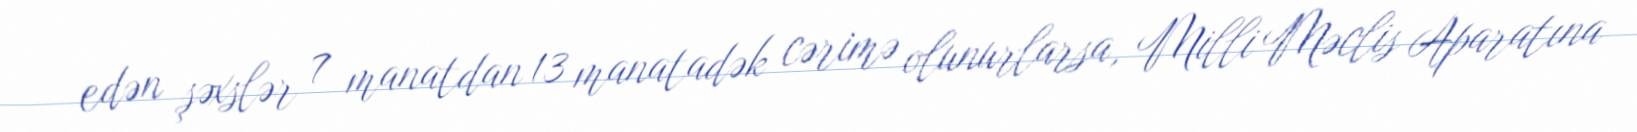
edən şəxslər 7 manatdan 13 manatadək cərimə olunurlarsa, Milli Məclis Aparatına